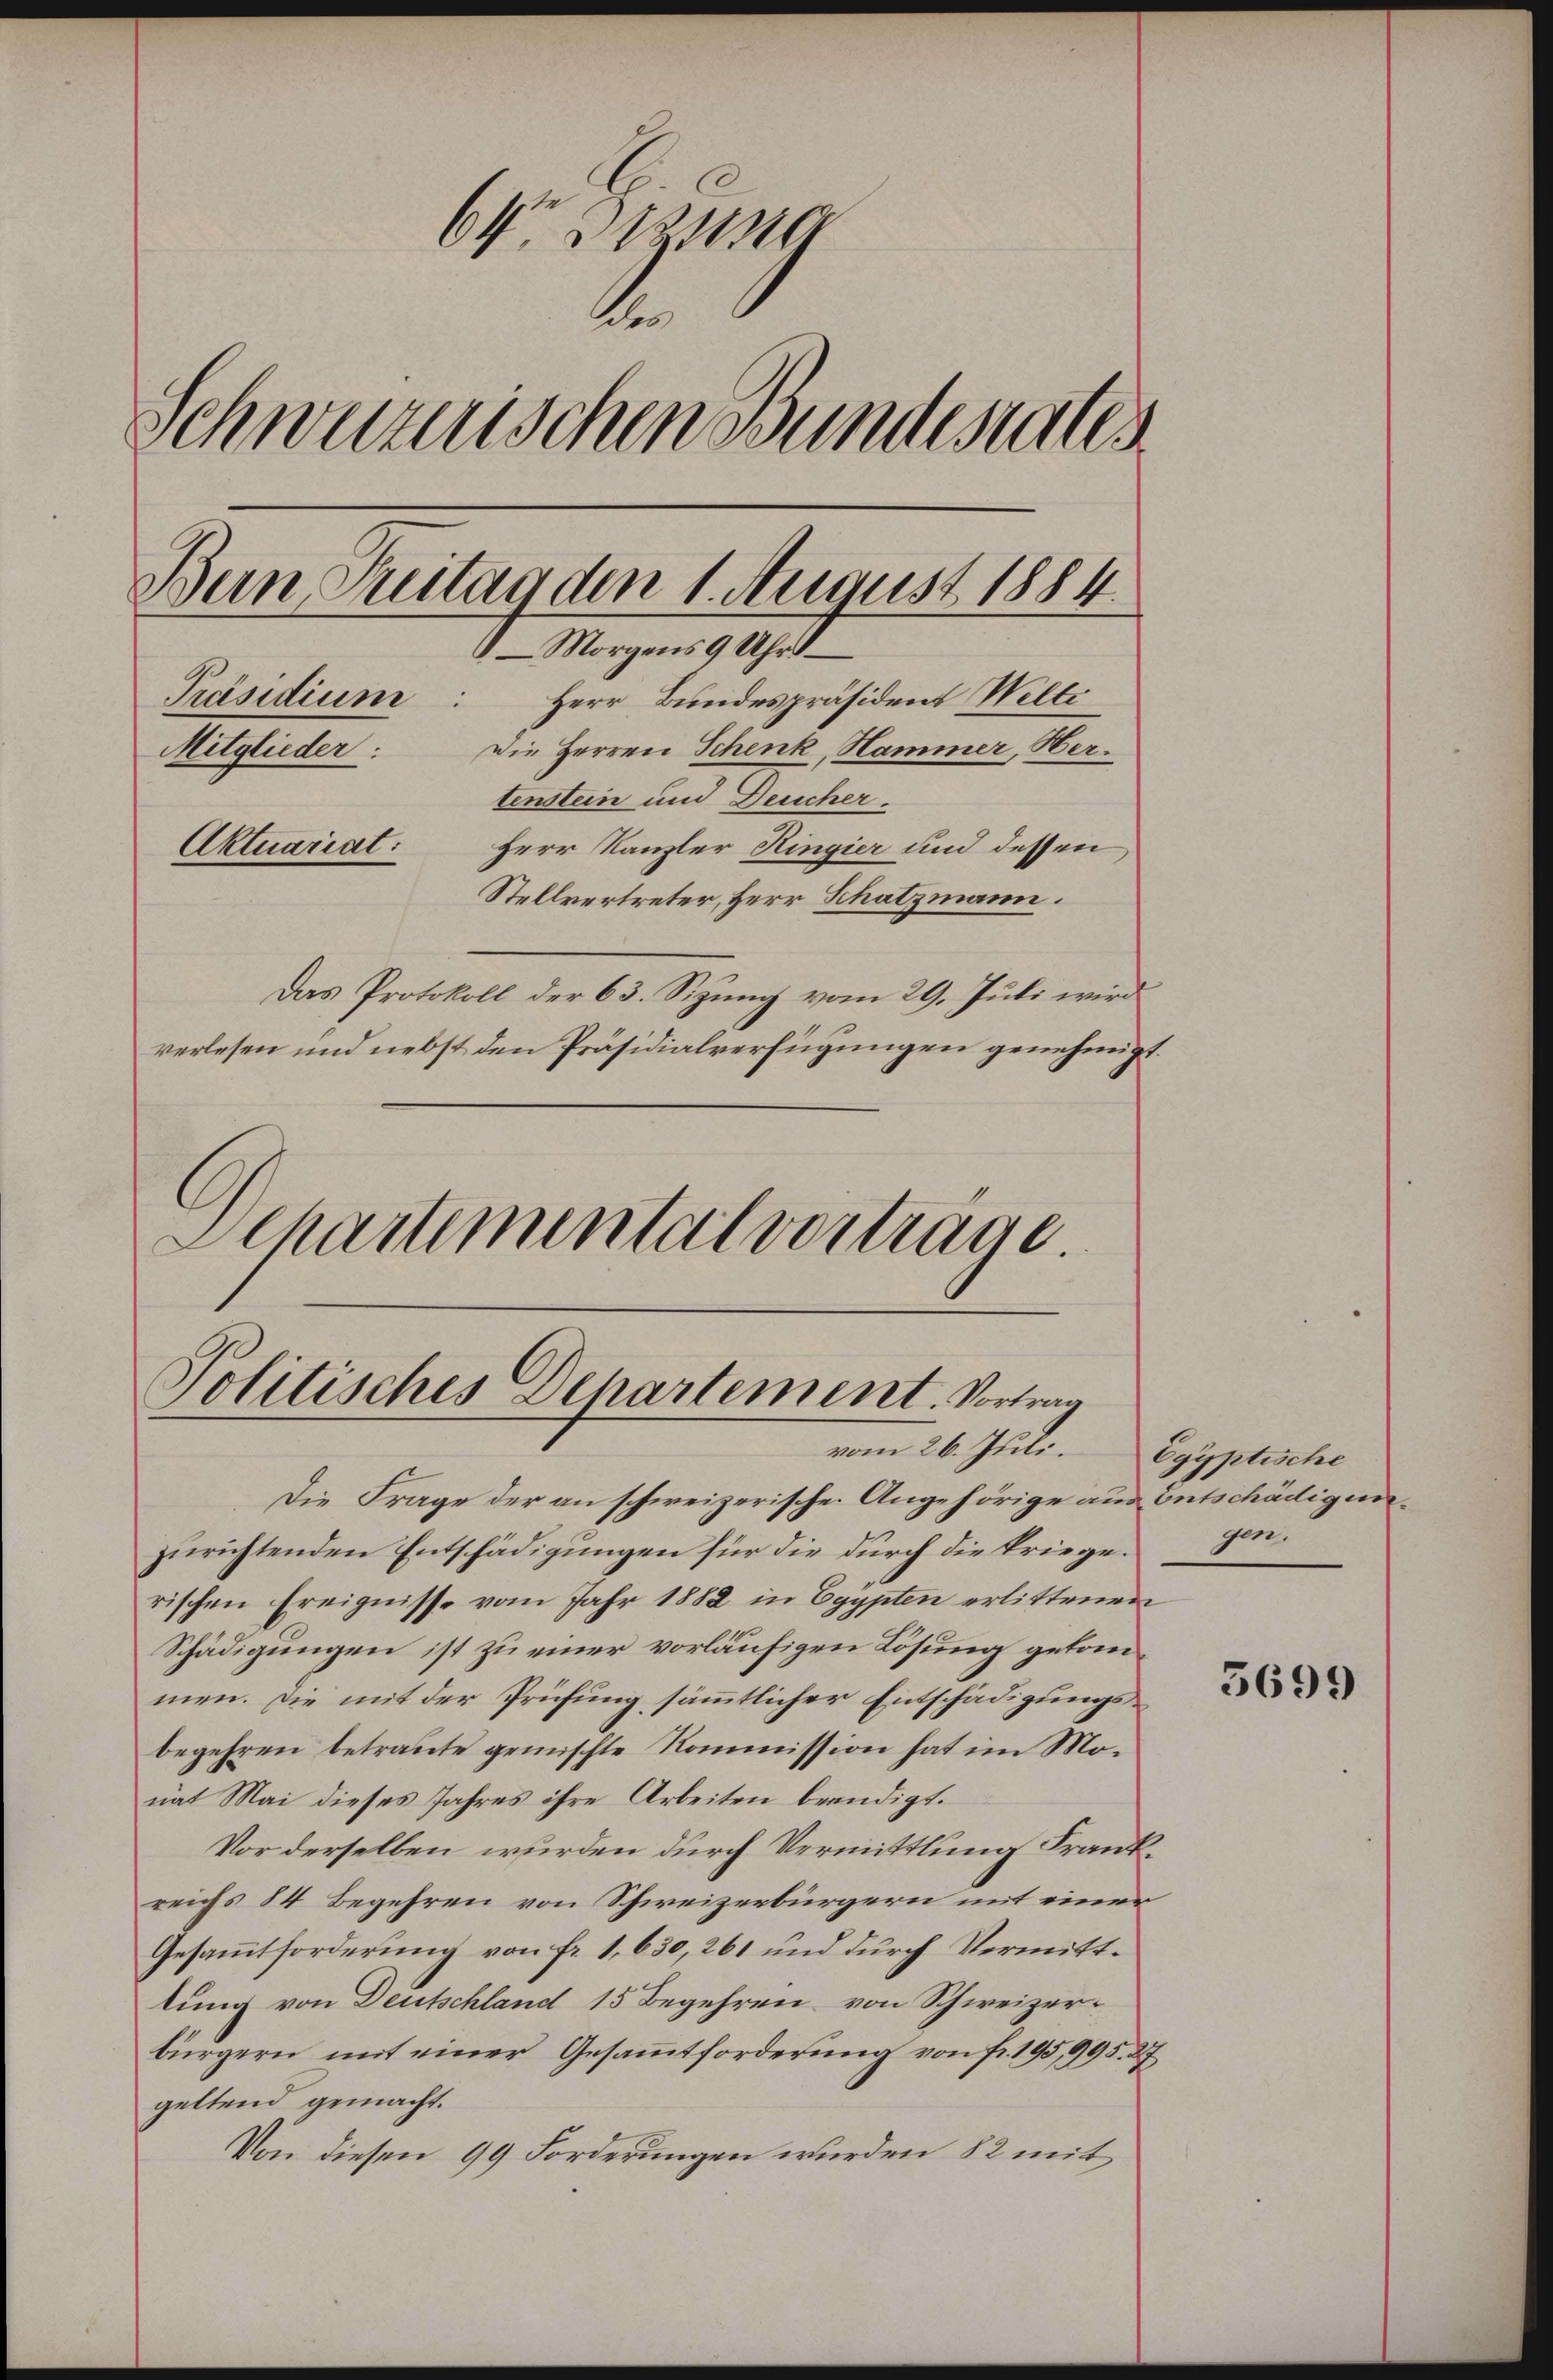
6kr. Sizung
der
Schweizerischen Bundestates
Präsidium
Herr Bundespräsident Welte
Mitglieder: Die Herren Schenk, Hammer, Hertenstein und Deucher.
Aktuariat:
Herr Kanzler Ringier und dessen,
Stellvertreter, Herr Schatzmann.
Das Protokoll der 63. Sizung vom 29. Juli wird
verlesen und nebst den Präsidialverfügungen genehmigt.

Bein Freitag den 1. August 1884.
Morgens 9 Uhr –

Politisches Departement. Vortrag
vom 26. Juli. Egyptische

Schartemental vorträge.

Die Frage der an schweizerische Angehörige aus Entschädigunzurichtenden Entschädigungen für die durch die kriegen
rischen Ereignisse vom Jahr 1882 in Egypten erlittenen
Schädigungen ist zu einer vorläufigen Lösung gekommen. Die mit der Prüfung sämmtlicher Entschädigungsbegehren betraute gemischte Kommission hat im Monat Mai dieses Jahres ihre Arbeiten beendigt.
Vor derselben wurden durch Vermittlung Frankreichs 84 Begehren von Schweizerbürgern mit einer
Gesammtforderung von fr. 1, 630, 261 und durch Vermittlung von Deutschland 15 Begehren von Schweizerbürgern mit einer Gesammtforderung von fr. 195,995. 27
geltend gemacht.
Von diesen 99 Forderungen wurden 82 mit

5699